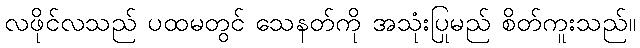
လဖိုင်လသည် ပထမတွင် သေနတ်ကို အသုံးပြုမည် စိတ်ကူးသည်။